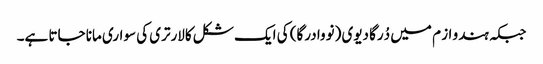
جبکہ ہندو از م میں دُرگا دیوی (نووا درگا) کی ایک شکل کالارتری کی سواری مانا جاتا ہے۔